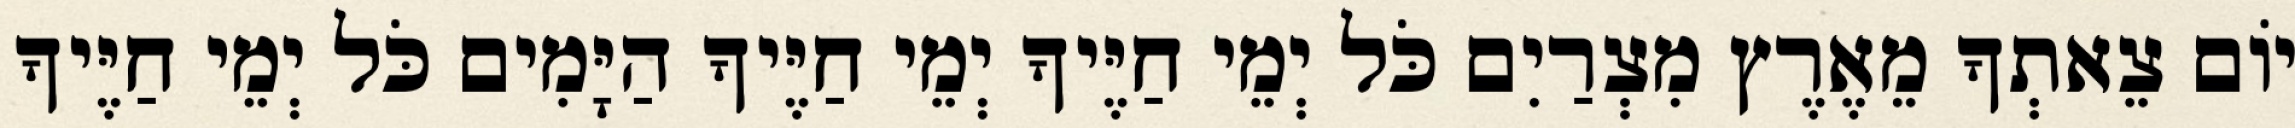
יוֹם צֵאתְךָ מֵאֶרֶץ מִצְרַיִם כֹּל יְמֵי חַיֶּיךָ יְמֵי חַיֶּיךָ הַיָּמִים כֹּל יְמֵי חַיֶּיךָ